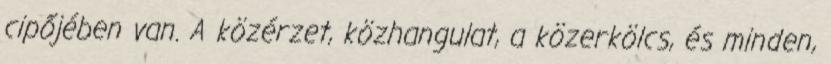
cipőjében van. A közérzet, közhangulat, a közerkölcs, és minden,